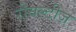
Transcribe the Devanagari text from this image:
रोयल्टीज़